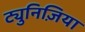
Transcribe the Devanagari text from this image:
ट्युनिज़िया